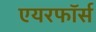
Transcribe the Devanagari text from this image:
एयरफॉर्स